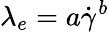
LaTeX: \lambda_{e}=a\dot{\gamma}^{b}